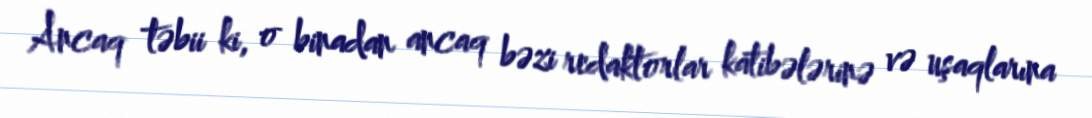
Ancaq təbii ki, o binadan ancaq bəzi redaktorlar katibələrinə və uşaqlarına